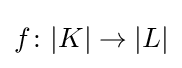
f\colon |K|\to |L|